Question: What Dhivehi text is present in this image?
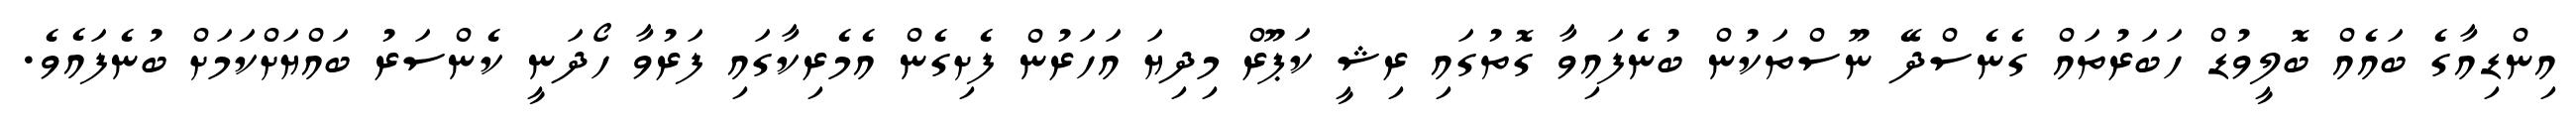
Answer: އިންޑިއާގެ ބައެއް ބޮލީވުޑް ހަބަރުތައް ގެނެސްދޭ ނޫސްތަކުން ބުނެފައިވާ ގޮތުގައި ރިޝީ ކަޕޫރް މިދިޔަ އަހަރުން ފެށިގެން އެމެރިކާގައި ފަރުވާ ހޯދަނީ ކެންސަރު ބައްޔަށްކަމަށް ބުނެފައެވެ.